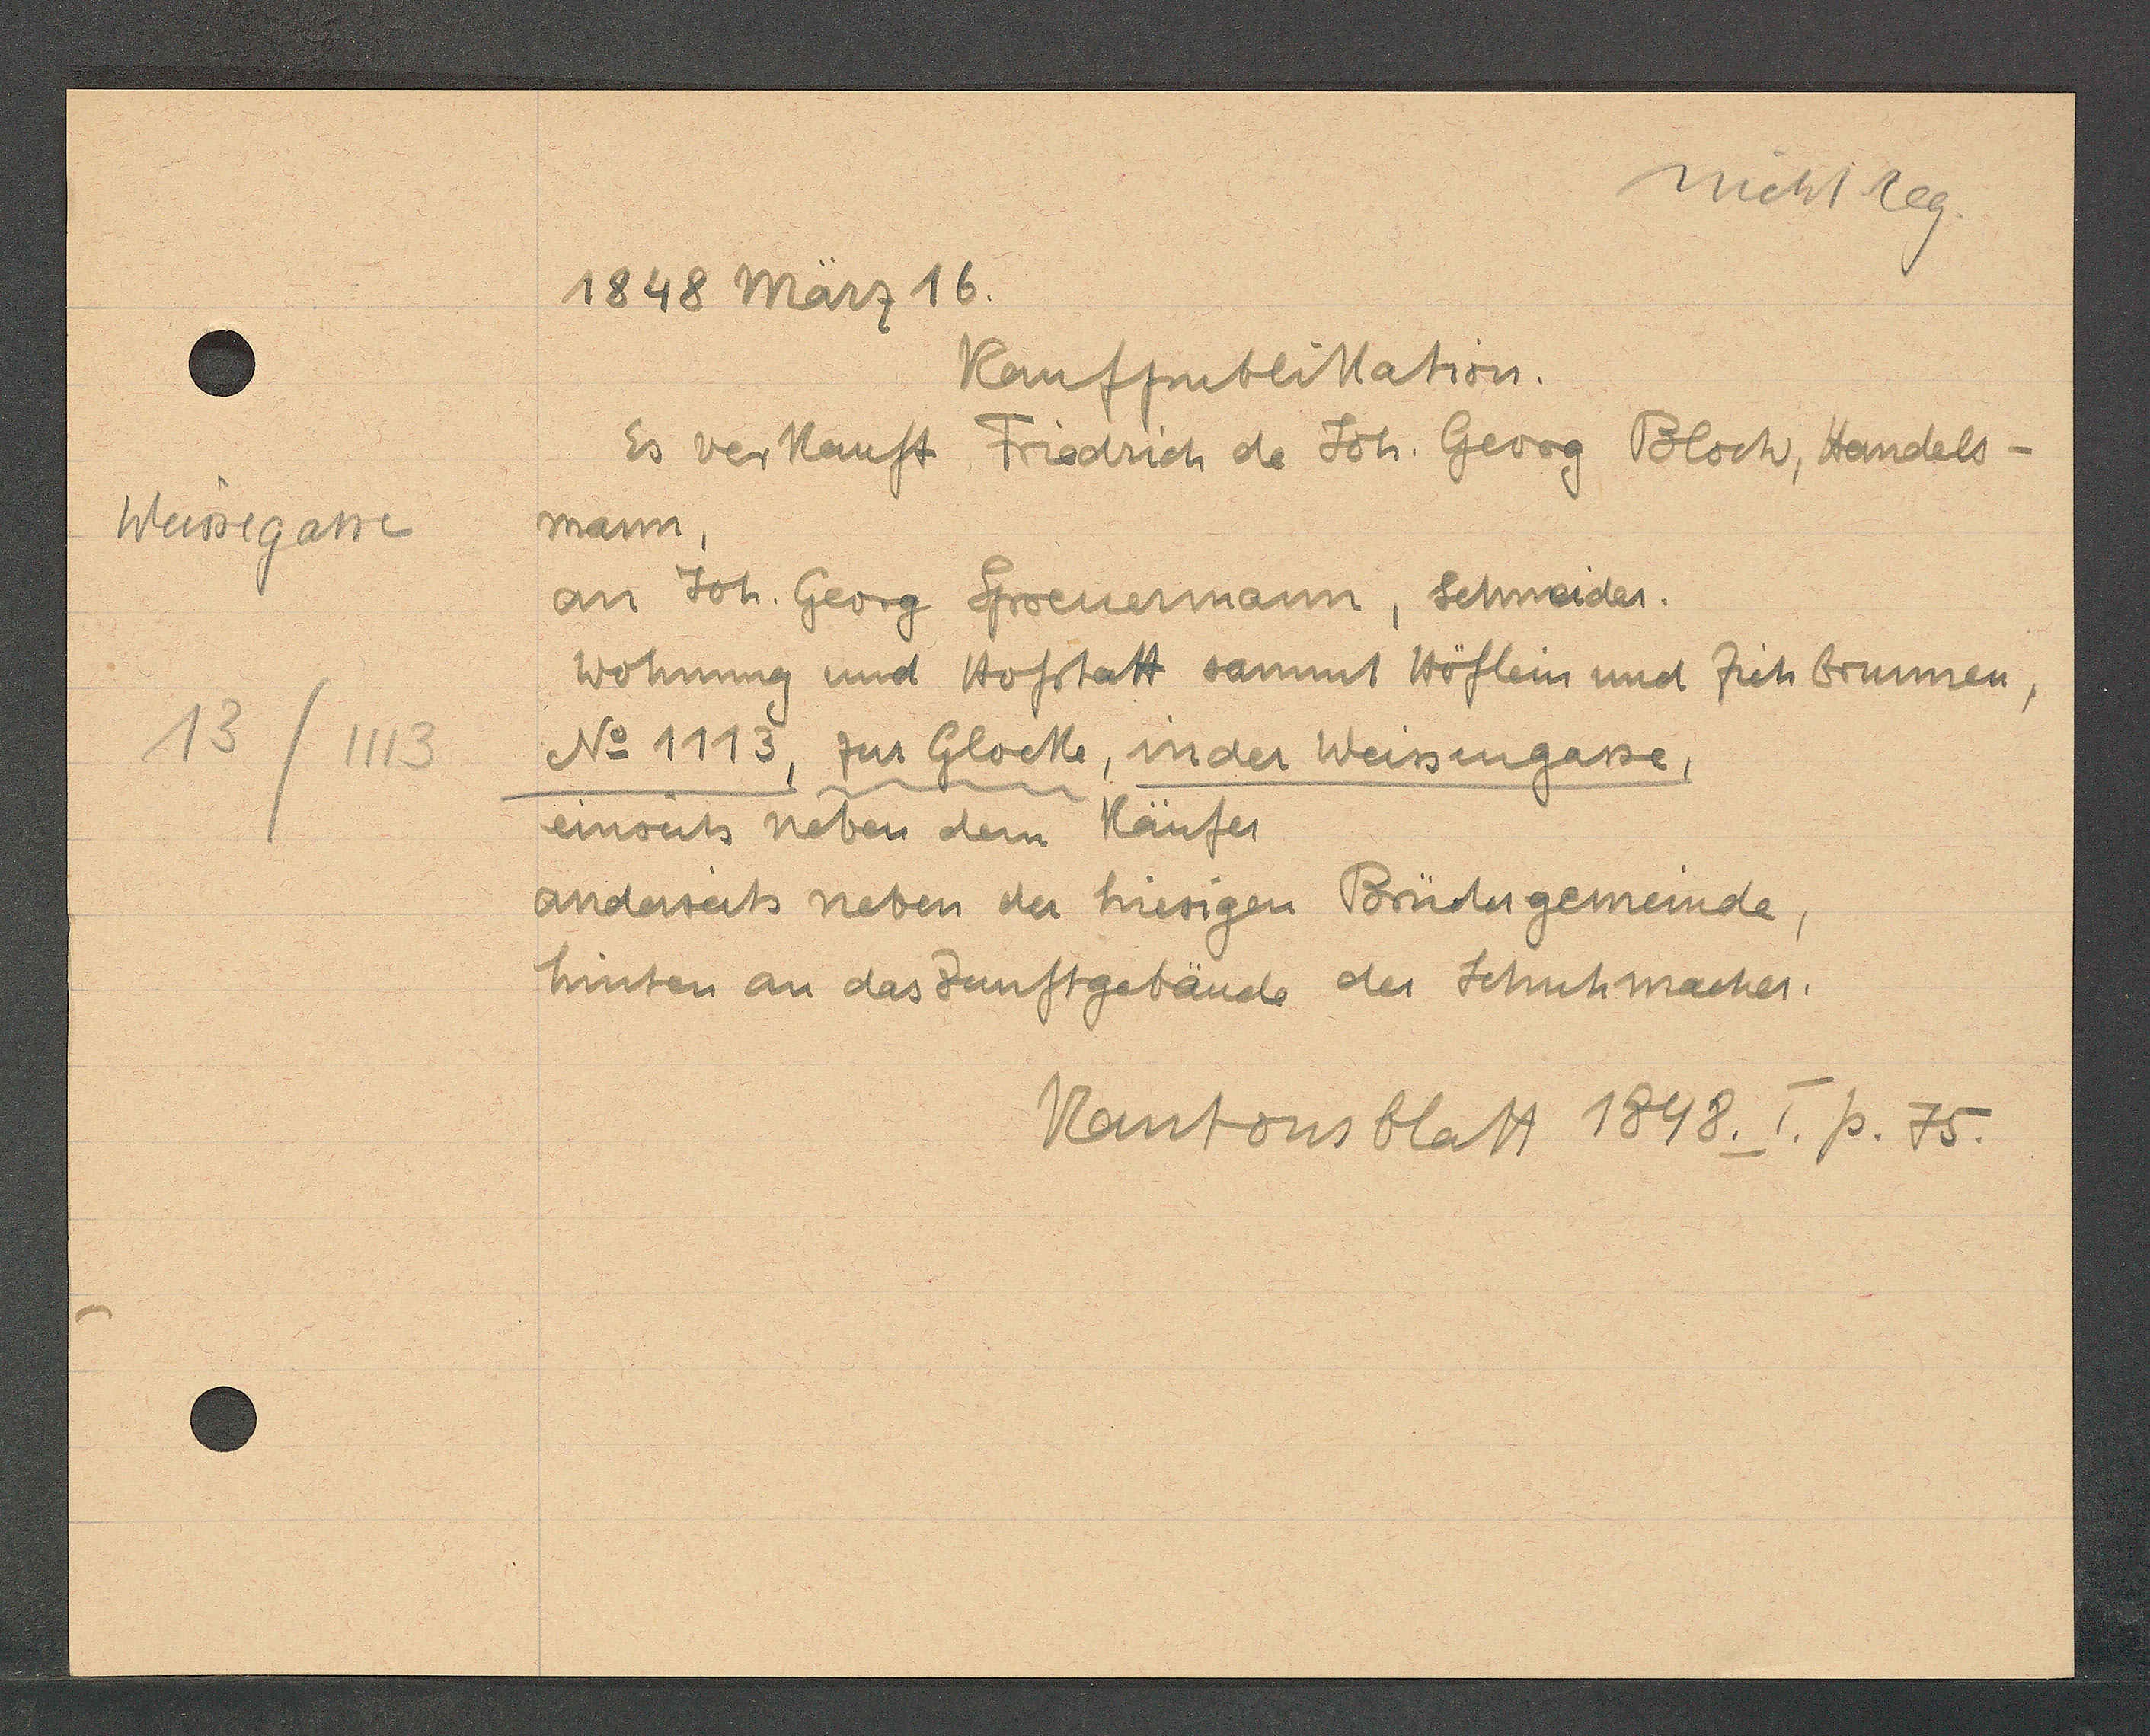
Transcript:
Weissegasse
13/113

1848 März 16.

Kaufpublikation.
Es verkauft Friedrich de Joh. Georg Bloch, Handels-
mann,
an Joh. Georg Spoenemann, Schneider.
Wohnung und Hofstatt sammt Höflein und Ziehbrunnen,
No 1113, zur Glocke, in der Weissengasse,
enseits neben dem Käufer
anderseits neben der hiesigen Brüdergemeinde
hinten an das Zunftgebäude der Schuhmacher.

Kantonsblatt 1848. I. p. 75.